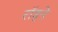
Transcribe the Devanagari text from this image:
राॅड्ने